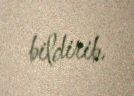
bildirib.